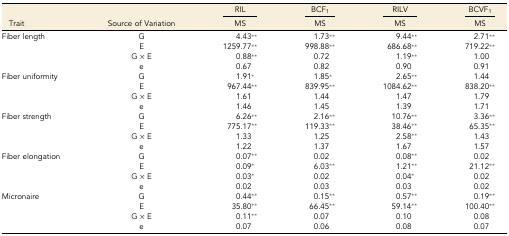
|  |  | RIL | BCF1 | RILV | BCVF1 |
 | Trait | Source of Variation | MS | MS | MS | MS |
 | --- | --- | --- | --- | --- | --- |
 | Fiber length | G | 4.43** | 1.73** | 9.44** | 2.71** |
 |  | E | 1259.77** | 998.88** | 686.68** | 719.22** |
 |  | G × E | 0.88** | 0.72 | 1.19** | 1.00 |
 |  | e | 0.67 | 0.82 | 0.90 | 0.91 |
 | Fiber uniformity | G | 1.91* | 1.85* | 2.65** | 1.44 |
 |  | E | 967.44** | 839.95** | 1084.62** | 838.20** |
 |  | G × E | 1.61 | 1.44 | 1.47 | 1.79 |
 |  | e | 1.46 | 1.45 | 1.39 | 1.71 |
 | Fiber strength | G | 6.26** | 2.16** | 10.76** | 3.36** |
 |  | E | 775.17** | 119.33** | 38.46** | 65.35** |
 |  | G × E | 1.33 | 1.25 | 2.58** | 1.43 |
 |  | e | 1.22 | 1.37 | 1.67 | 1.57 |
 | Fiber elongation | G | 0.07** | 0.02 | 0.08** | 0.02 |
 |  | E | 0.09* | 6.03** | 1.21** | 21.12** |
 |  | G × E | 0.03* | 0.02 | 0.04* | 0.02 |
 |  | e | 0.02 | 0.03 | 0.03 | 0.02 |
 | Micronaire | G | 0.44** | 0.15** | 0.57** | 0.19** |
 |  | E | 35.80** | 66.45** | 59.14** | 100.40** |
 |  | G × E | 0.11** | 0.07 | 0.10 | 0.08 |
 |  | e | 0.07 | 0.06 | 0.08 | 0.07 |